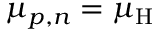
\mu _ { { p , n } } = \mu _ { \mathrm { H } }